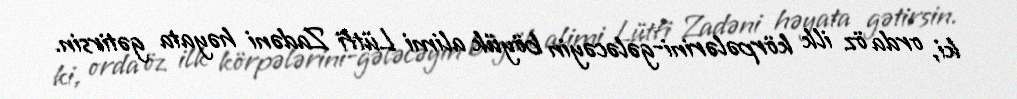
ki, orda öz ilk körpələrini-gələcəyin böyük alimi Lütfi Zadəni həyata gətirsin.